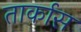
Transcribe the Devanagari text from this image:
तार्कास